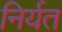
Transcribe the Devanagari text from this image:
निर्यत